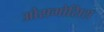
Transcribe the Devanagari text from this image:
ओसमोसिस